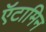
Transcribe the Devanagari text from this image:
ऍटामिन